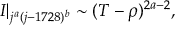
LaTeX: { \cal I } | _ { j ^ { a } ( j - 1 7 2 8 ) ^ { b } } \sim ( T - \rho ) ^ { 2 a - 2 } ,